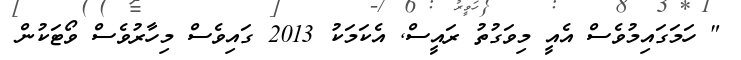
" ހަމަގައިމުވެސް އެއީ މިވަގުތު ރައީސް